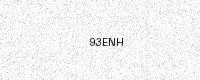
Text: 93ENH